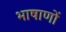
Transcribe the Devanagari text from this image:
भाषाणों